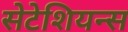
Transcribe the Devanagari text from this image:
सेटेशियन्स